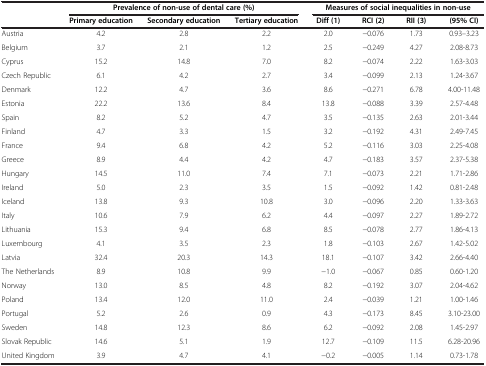
<table><thead><tr><td><b> </b></td><td colspan="3"><b>Prevalence of non-use of dental care (%)</b></td><td colspan="4"><b>Measures of social inequalities in non-use</b></td></tr><tr><td><b> </b></td><td><b>Primary education</b></td><td><b>Secondary education</b></td><td><b>Tertiary education</b></td><td><b>Diff (1)</b></td><td><b>RCI (2)</b></td><td><b>RII (3)</b></td><td><b>(95% CI)</b></td></tr></thead><tbody><tr><td>Austria</td><td>4.2</td><td>2.8</td><td>2.2</td><td>2.0</td><td>−0.076</td><td>1.73</td><td>0.93--3.23</td></tr><tr><td>Belgium</td><td>3.7</td><td>2.1</td><td>1.2</td><td>2.5</td><td>−0.249</td><td>4.27</td><td>2.08-8.73</td></tr><tr><td>Cyprus</td><td>15.2</td><td>14.8</td><td>7.0</td><td>8.2</td><td>−0.074</td><td>2.22</td><td>1.63-3.03</td></tr><tr><td>Czech Republic</td><td>6.1</td><td>4.2</td><td>2.7</td><td>3.4</td><td>−0.099</td><td>2.13</td><td>1.24-3.67</td></tr><tr><td>Denmark</td><td>12.2</td><td>4.7</td><td>3.6</td><td>8.6</td><td>−0.271</td><td>6.78</td><td>4.00-11.48</td></tr><tr><td>Estonia</td><td>22.2</td><td>13.6</td><td>8.4</td><td>13.8</td><td>−0.088</td><td>3.39</td><td>2.57-4.48</td></tr><tr><td>Spain</td><td>8.2</td><td>5.2</td><td>4.7</td><td>3.5</td><td>−0.135</td><td>2.63</td><td>2.01-3.44</td></tr><tr><td>Finland</td><td>4.7</td><td>3.3</td><td>1.5</td><td>3.2</td><td>−0.192</td><td>4.31</td><td>2.49-7.45</td></tr><tr><td>France</td><td>9.4</td><td>6.8</td><td>4.2</td><td>5.2</td><td>−0.116</td><td>3.03</td><td>2.25-4.08</td></tr><tr><td>Greece</td><td>8.9</td><td>4.4</td><td>4.2</td><td>4.7</td><td>−0.183</td><td>3.57</td><td>2.37-5.38</td></tr><tr><td>Hungary</td><td>14.5</td><td>11.0</td><td>7.4</td><td>7.1</td><td>−0.073</td><td>2.21</td><td>1.71-2.86</td></tr><tr><td>Ireland</td><td>5.0</td><td>2.3</td><td>3.5</td><td>1.5</td><td>−0.092</td><td>1.42</td><td>0.81-2.48</td></tr><tr><td>Iceland</td><td>13.8</td><td>9.3</td><td>10.8</td><td>3.0</td><td>−0.096</td><td>2.20</td><td>1.33-3.63</td></tr><tr><td>Italy</td><td>10.6</td><td>7.9</td><td>6.2</td><td>4.4</td><td>−0.097</td><td>2.27</td><td>1.89-2.72</td></tr><tr><td>Lithuania</td><td>15.3</td><td>9.4</td><td>6.8</td><td>8.5</td><td>−0.078</td><td>2.77</td><td>1.86-4.13</td></tr><tr><td>Luxembourg</td><td>4.1</td><td>3.5</td><td>2.3</td><td>1.8</td><td>−0.103</td><td>2.67</td><td>1.42-5.02</td></tr><tr><td>Latvia</td><td>32.4</td><td>20.3</td><td>14.3</td><td>18.1</td><td>−0.107</td><td>3.42</td><td>2.66-4.40</td></tr><tr><td>The Netherlands</td><td>8.9</td><td>10.8</td><td>9.9</td><td>−1.0</td><td>−0.067</td><td>0.85</td><td>0.60-1.20</td></tr><tr><td>Norway</td><td>13.0</td><td>8.5</td><td>4.8</td><td>8.2</td><td>−0.192</td><td>3.07</td><td>2.04-4.62</td></tr><tr><td>Poland</td><td>13.4</td><td>12.0</td><td>11.0</td><td>2.4</td><td>−0.039</td><td>1.21</td><td>1.00-1.46</td></tr><tr><td>Portugal</td><td>5.2</td><td>2.6</td><td>0.9</td><td>4.3</td><td>−0.173</td><td>8.45</td><td>3.10-23.00</td></tr><tr><td>Sweden</td><td>14.8</td><td>12.3</td><td>8.6</td><td>6.2</td><td>−0.092</td><td>2.08</td><td>1.45-2.97</td></tr><tr><td>Slovak Republic</td><td>14.6</td><td>5.1</td><td>1.9</td><td>12.7</td><td>−0.109</td><td>11.5</td><td>6.28-20.96</td></tr><tr><td>United Kingdom</td><td>3.9</td><td>4.7</td><td>4.1</td><td>−0.2</td><td>−0.005</td><td>1.14</td><td>0.73-1.78</td></tr></tbody></table>